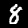
Label: 8